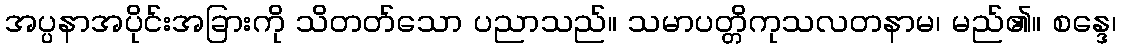
အပ္ပနာအပိုင်းအခြားကို သိတတ်သော ပညာသည်။ သမာပတ္တိကုသလတနာမ၊ မည်၏။ စန္ဒေ၊